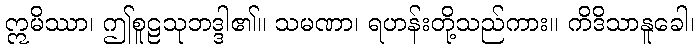
ဣမိဿာ၊ ဤစူဠသုဘဒ္ဒါ၏။ သမဏာ၊ ရဟန်းတို့သည်ကား။ ကိဒိသာနူခေါ၊